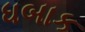
ધબાક